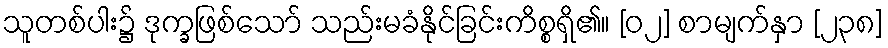
သူတစ်ပါး၌ ဒုက္ခဖြစ်သော် သည်းမခံနိုင်ခြင်းကိစ္စရှိ၏။ [၀၂] စာမျက်နှာ [၂၃၈]